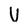
Character: V